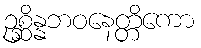
ဥစ္ဆိန္နဘဝနေတ္တိကော